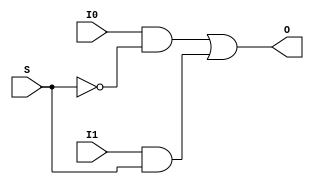
/* ------------------------------------------------------ *
 * Project     : Vending Machine                          *
 * Module      : mux2_1                                   *
 * ------------------------------------------------------ *
 * Last Edit   : 20/04/2021                               *
 * ------------------------------------------------------ *
 * Description : Creates a 2:1 MUX 			              *
 * ------------------------------------------------------ */


module mux2_1(input I0,
              input I1,
              input S,

              output O);

wire t1,
     t2,
     t3;

not G4 (t3,S);
and G1 (t1,I0,t3);
and G2 (t2,I1,S);
or G3 (O,t1,t2);

endmodule